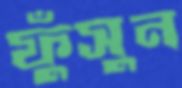
ফুঁসুন